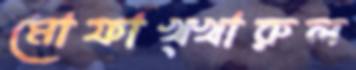
মোফাখ্খারুল